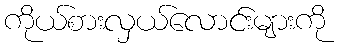
ကိုယ်စားလှယ်လောင်းများကို